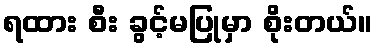
ရထား စီး ခွင့်မပြုမှာ စိုးတယ်။